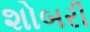
શોબરી